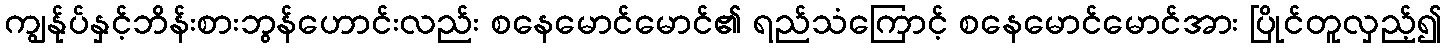
ကျွန်ုပ်နှင့်ဘိန်းစားဘွန်ဟောင်းလည်း စနေမောင်မောင်၏ ရည်သံကြောင့် စနေမောင်မောင်အား ပြိုင်တူလှည့်၍